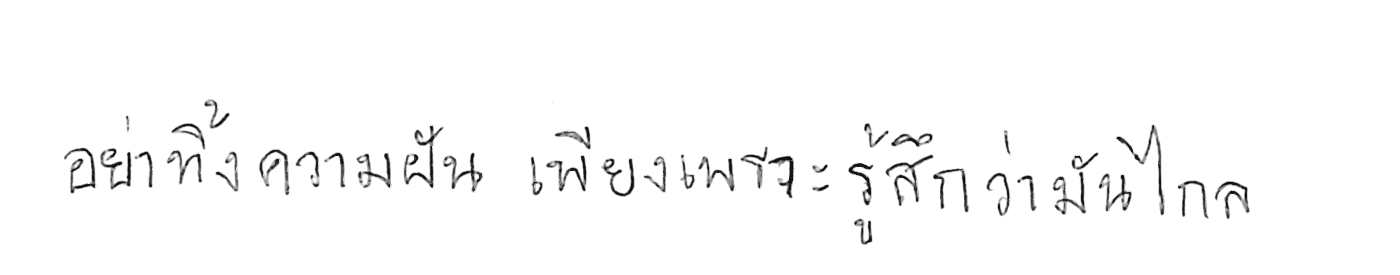
อย่าทิ้งความฝัน เพียงเพราะรู้สึกว่ามันไกล